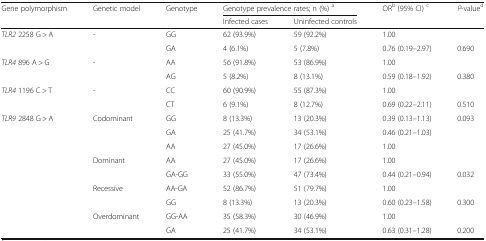
| <ROWSPAN=2> Gene polymorphism | <ROWSPAN=2> Genetic model | <ROWSPAN=2> Genotype | <COLSPAN=2> Genotype prevalence rates; n (%) a | <ROWSPAN=2> ORb (95% CI) c | <ROWSPAN=2> P-valued |
 | Infected cases | Uninfected controls |
 | --- | --- | --- | --- | --- | --- | --- |
 | <ROWSPAN=2> TLR2 2258 G > A | <ROWSPAN=2> - | GG | 62 (93.9%) | 59 (92.2%) | 1.00 |  |
 | GA | 4 (6.1%) | 5 (7.8%) | 0.76 (0.19–2.97) | 0.690 |
 | <ROWSPAN=2> TLR4 896 A > G | <ROWSPAN=2> - | AA | 56 (91.8%) | 53 (86.9%) | 1.00 |  |
 | AG | 5 (8.2%) | 8 (13.1%) | 0.59 (0.18–1.92) | 0.380 |
 | <ROWSPAN=2> TLR4 1196 C > T | <ROWSPAN=2> - | CC | 60 (90.9%) | 55 (87.3%) | 1.00 |  |
 | CT | 6 (9.1%) | 8 (12.7%) | 0.69 (0.22–2.11) | 0.510 |
 | <ROWSPAN=9> TLR9 2848 G > A | <ROWSPAN=3> Codominant | GG | 8 (13.3%) | 13 (20.3%) | 0.39 (0.13–1.13) | <ROWSPAN=3> 0.093 |
 | GA | 25 (41.7%) | 34 (53.1%) | 0.46 (0.21–1.03) |
 | AA | 27 (45.0%) | 17 (26.6%) | 1.00 |
 | <ROWSPAN=2> Dominant | AA | 27 (45.0%) | 17 (26.6%) | 1.00 |  |
 | GA-GG | 33 (55.0%) | 47 (73.4%) | 0.44 (0.21–0.94) | 0.032 |
 | <ROWSPAN=2> Recessive | AA-GA | 52 (86.7%) | 51 (79.7%) | 1.00 |  |
 | GG | 8 (13.3%) | 13 (20.3%) | 0.60 (0.23–1.58) | 0.300 |
 | <ROWSPAN=2> Overdominant | GG-AA | 35 (58.3%) | 30 (46.9%) | 1.00 |  |
 | GA | 25 (41.7%) | 34 (53.1%) | 0.63 (0.31–1.28) | 0.200 |